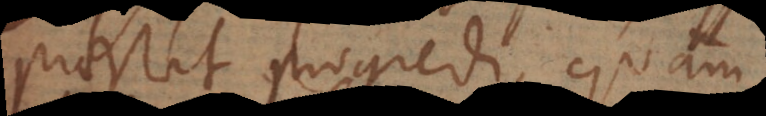
praestat progredi, quam